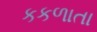
કકળાતા